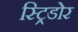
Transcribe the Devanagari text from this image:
स्ट्रिडोर